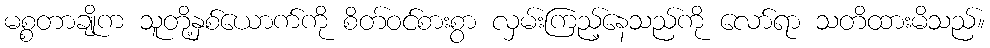
မစ္စတာချိုက သူတို့နှစ်ယောက်ကို စိတ်ဝင်စားစွာ လှမ်းကြည့်နေသည်ကို လော်ရာ သတိထားမိသည်။